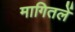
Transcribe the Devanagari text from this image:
मागितलें